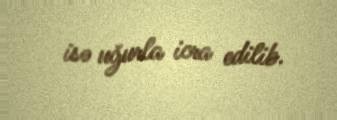
isə uğurla icra edilib.